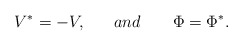
\begin{align*}V^{*} = - V , ~~~~~and ~~~~~~ \Phi = \Phi^{*}.\end{align*}